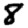
Digit: 8